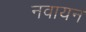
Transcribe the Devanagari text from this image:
नवायन